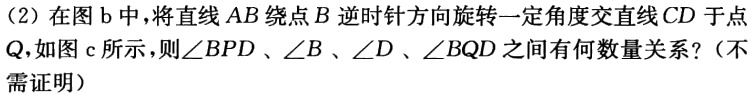
（2）在图 b 中，将直线 \(AB\) 绕点 \(B\) 逆时针方向旋转一定角度交直线 \(CD\) 于点 \(Q\)，如图 c 所示，则\(\angle BPD\)、\(\angle B\)、\(\angle D\)、\(\angle BQD\) 之间有何数量关系？（不